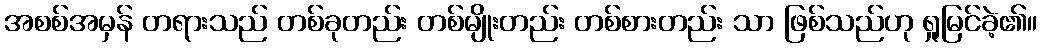
အစစ်အမှန် တရားသည် တစ်ခုတည်း တစ်မျိုးတည်း တစ်စားတည်း သာ ဖြစ်သည်ဟု ရှုမြင်ခဲ့၏။